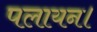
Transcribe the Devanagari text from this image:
पलायन।